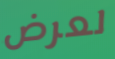
لعرض